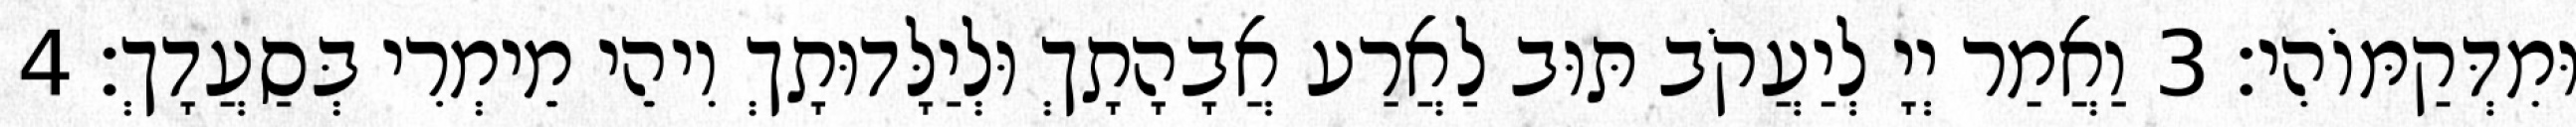
וּמִדְּקַמּוֹהִי׃ 3 וַאֲמַר יְיָ לְיַעֲקֹב תּוּב לַאֲרַע אֲבָהָתָךְ וּלְיַלָּדוּתָךְ וִיהֵי מֵימְרִי בְּסַעֲדָךְ׃ 4